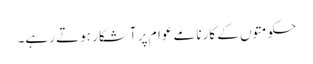
حکومتوں کے کارنامے عوام پر آشکار ہوتے رہے۔